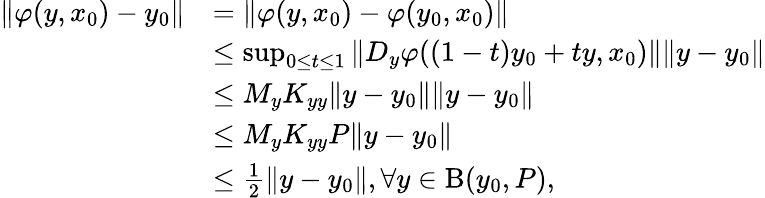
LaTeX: \begin{array}{rl}{\Vert\varphi(y,x_{0})-y_{0}\Vert}&{=\Vert\varphi(y,x_{0})-\varphi(y_{0},x_{0})\Vert}\\ &{\leq\operatorname*{sup}_{0\leq t\leq 1}\Vert D_{y}\varphi((1-t)y_{0}+ty,x_{0})\Vert\Vert y-y_{0}\Vert}\\ &{\leq M_{y}K_{yy}\Vert y-y_{0}\Vert\Vert y-y_{0}\Vert}\\ &{\leq M_{y}K_{yy}P\Vert y-y_{0}\Vert}\\ &{\leq\frac{1}{2}\Vert y-y_{0}\Vert,\forall y\in\mathrm{B}(y_{0},P),}\end{array}